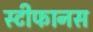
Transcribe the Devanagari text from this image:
स्टीफानस